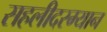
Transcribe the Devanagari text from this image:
सहलीदरम्यान